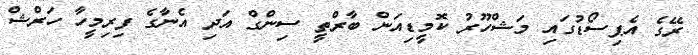
ރޭގެ އެޕިސޯޑުގައި މަޝްހޫރު ކޮމީޑިއަން ބާރްތީ ސިންގް އަދި އެނާގެ ފިރިމީހާ ހަރްޝް